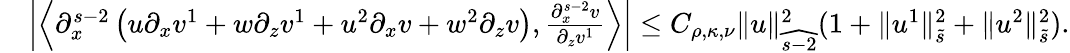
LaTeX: \begin{array}{rl}&{\left|\left\langle\partial_{x}^{s-2}\left(u\partial_{x}v^{1}+w\partial_{z}v^{1}+u^{2}\partial_{x}v+w^{2}\partial_{z}v\right),\frac{\partial_{x}^{s-2}v}{\partial_{z}v^{1}}\right\rangle\right|\leq C_{\rho,\kappa,\nu}\| u\| _{\widehat{s-2}}^{2}(1+\| u^{1}\| _{\tilde{s}}^{2}+\| u^{2}\| _{\tilde{s}}^{2}).}\end{array}